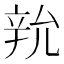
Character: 𨐑